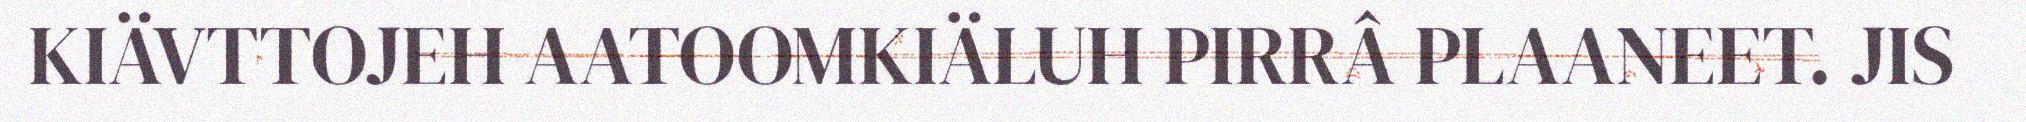
KIÄVTTOJEH AATOOMKIÄLUH PIRRÂ PLAANEET. JIS